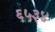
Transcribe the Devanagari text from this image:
६५३४